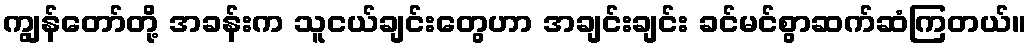
ကျွန်တော်တို့ အခန်းက သူငယ်ချင်းတွေဟာ အချင်းချင်း ခင်မင်စွာဆက်ဆံကြတယ်။